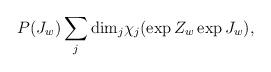
LaTeX: \begin{align*}P(J_w) \sum_{j} {\rm dim}_{j} \chi_{j}(\exp{Z_w}\exp{J_w}),\end{align*}